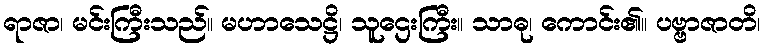
ရာဇာ၊ မင်းကြီးသည်။ မဟာသေဋ္ဌိ၊ သူဌေးကြီး။ သာဓု၊ ကောင်း၏။ ပဗ္ဗာဇာတိ၊